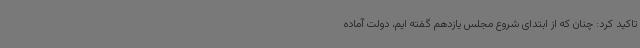
تاکید کرد: چنان که از ابتدای شروع مجلس یازدهم گفته ایم، دولت آماده